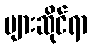
များဆိုင်ရာ